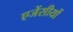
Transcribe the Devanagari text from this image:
एजेंसीयों